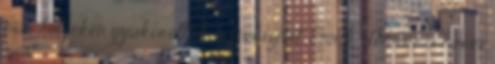
más helyeken gyakorolták a lövészetet. Ennek ellenére a harci